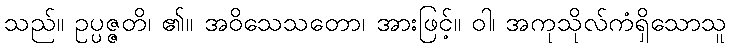
သည်။ ဥပ္ပဇ္ဇတိ၊ ၏။ အဝိသေသတော၊ အားဖြင့်။ ဝါ၊ အကုသိုလ်ကံရှိသောသူ